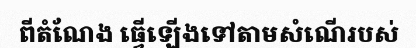
ពីតំណែង ធ្វើឡើងទៅតាមសំណើរបស់